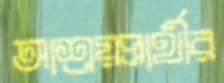
আশ্রয়প্রার্থীর